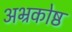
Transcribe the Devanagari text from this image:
अभ्रकोष्ठ